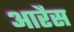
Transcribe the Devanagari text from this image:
आरैस